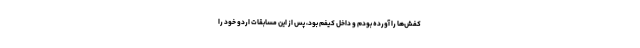
کفش‌ها را آورده بودم و داخل کیفم بود، پس از این مسابقات اردو خود را